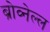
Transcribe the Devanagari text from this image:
ब्रोव्नेल्ल